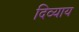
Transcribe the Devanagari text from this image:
दिव्याय